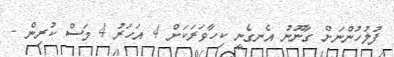
ފުލުހުންނަށް ގާނޫނު އެނގެނީ ކިހާވަރަކަށް 4 އަހަރު 4 މަސް ކުރިން -